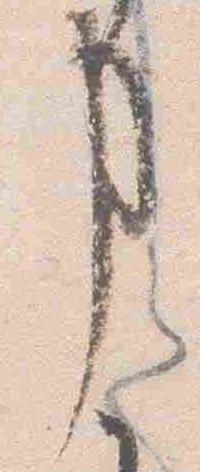
事